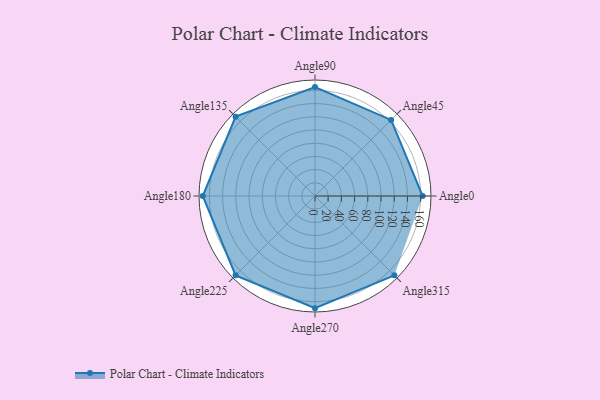
{"axis": {"x": "Angle", "y": "Radius"}, "legend": [""], "data": [{"x": "Angle0", "y": 163.0, "type": ""}, {"x": "Angle45", "y": 163.0, "type": ""}, {"x": "Angle90", "y": 165.0, "type": ""}, {"x": "Angle135", "y": 170, "type": ""}, {"x": "Angle180", "y": 170, "type": ""}, {"x": "Angle225", "y": 170, "type": ""}, {"x": "Angle270", "y": 170, "type": ""}, {"x": "Angle315", "y": 170, "type": ""}]}